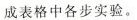
成表格中各步实验。